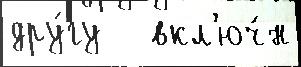
дру́гу   вкл'юч́н